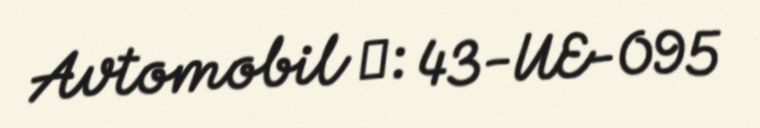
Avtomobil №: 43-UE-095